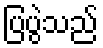
ပြပွဲသည်